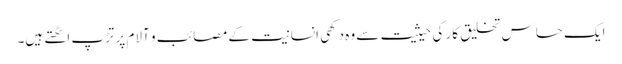
ایک حساس تخلیق کار کی حیثیت سے وہ دکھی انسانیت کے مصائب و آلام پر تڑپ اٹھتے ہیں۔